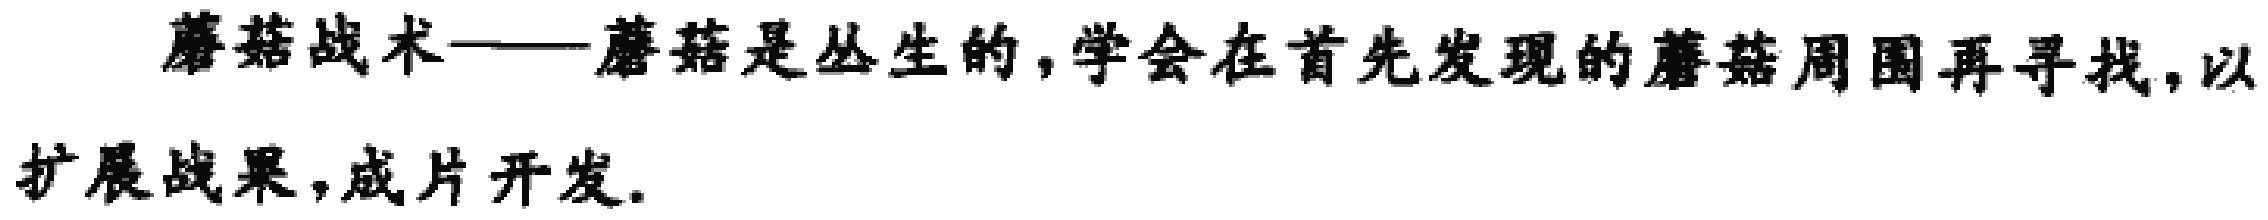
蘑菇战术——蘑菇是丛生的，学会在首先发现的蘑菇周围再寻找，以扩展战果，成片开发。